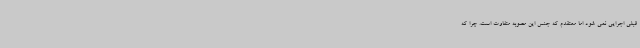
قبلی اجرایی نمی شود اما معتقدم که جنس این مصوبه متفاوت است. چرا که